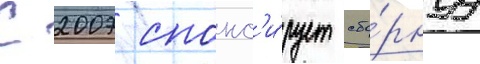
С 2007 спонс'и́рует сбо́рнуу